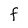
Character: F